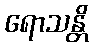
ရောသန္တိ